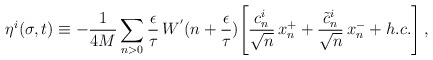
\begin{align*}\eta^i(\sigma,t) \equiv - \frac{1}{4M} \sum_{n>0}\frac{\epsilon}{\tau} \, W^{'} (n+\frac{\epsilon}{\tau})\Biggl[ \frac{c_n^i}{\sqrt{n}} \, x_n^+ +\frac{\tilde{c}_n^i}{\sqrt{n}} \, x_n^- + h.c. \Biggr] \, ,\end{align*}